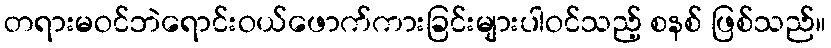
တရားမဝင်ဘဲရောင်းဝယ်ဖောက်ကားခြင်းများပါဝင်သည့် စနစ် ဖြစ်သည်။